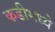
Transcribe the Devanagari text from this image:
कडीमध्ये